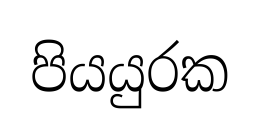
පියයුරක